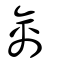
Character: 禽